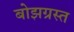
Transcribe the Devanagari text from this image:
बोझग्रस्त